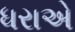
ધરાએ